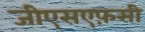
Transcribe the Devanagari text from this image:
जीएसएफ़सी